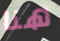
هنا